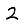
Digit: 2